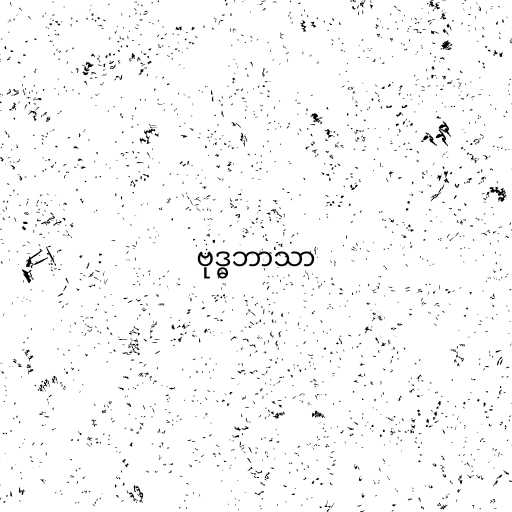
ဗုဒ္ဓဘာသာ